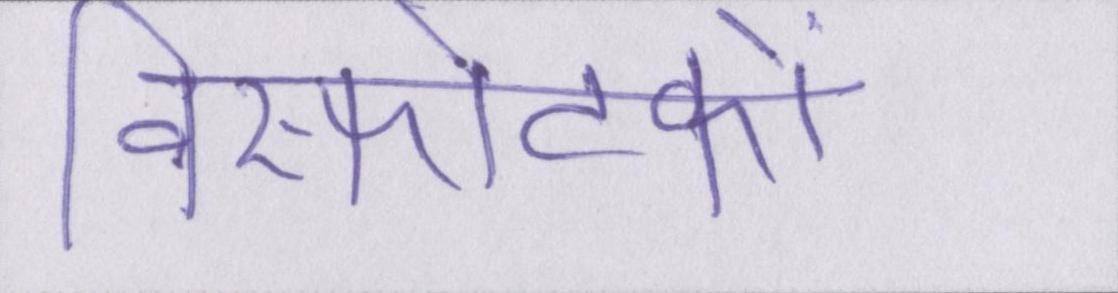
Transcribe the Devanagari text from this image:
विस्फोटकों